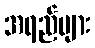
အရည်များ